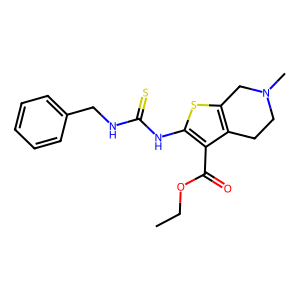
SMILES: CCOC(=O)c1c(NC(=S)NCc2ccccc2)sc2c1CCN(C)C2
Inhibits HIV replication: No